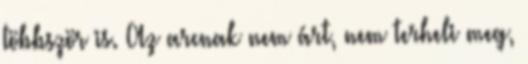
többször is. Az arcnak nem árt, nem terheli meg,